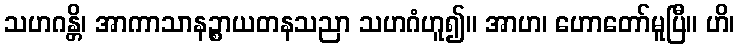
သဟဂန္တိ၊ အာကာသာနဉ္စာယတနသညာ သဟဂံဟူ၍။ အာဟ၊ ဟောတော်မူပြီ။ ဟိ၊